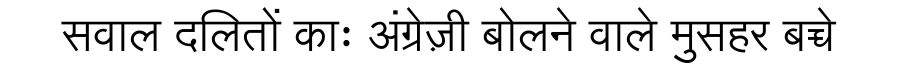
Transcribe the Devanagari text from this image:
सवाल दलितों काः अंग्रेज़ी बोलने वाले मुसहर बच्चे